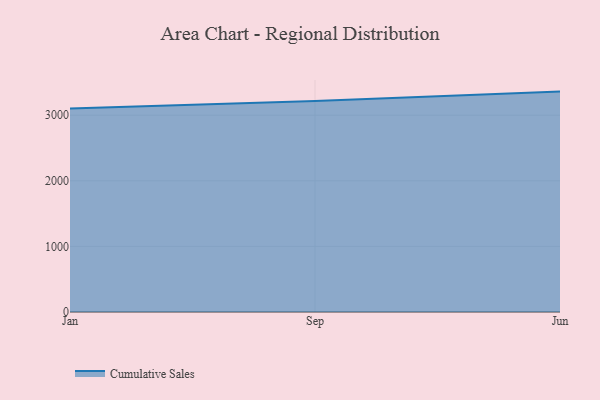
{"axis": {"x": "Month", "y": "Waste Production (Tons)"}, "legend": ["Cumulative Sales"], "data": [{"x": "Jan", "y": 3102.7, "type": "Cumulative Sales"}, {"x": "Sep", "y": 3215.0, "type": "Cumulative Sales"}, {"x": "Jun", "y": 3359.7, "type": "Cumulative Sales"}]}